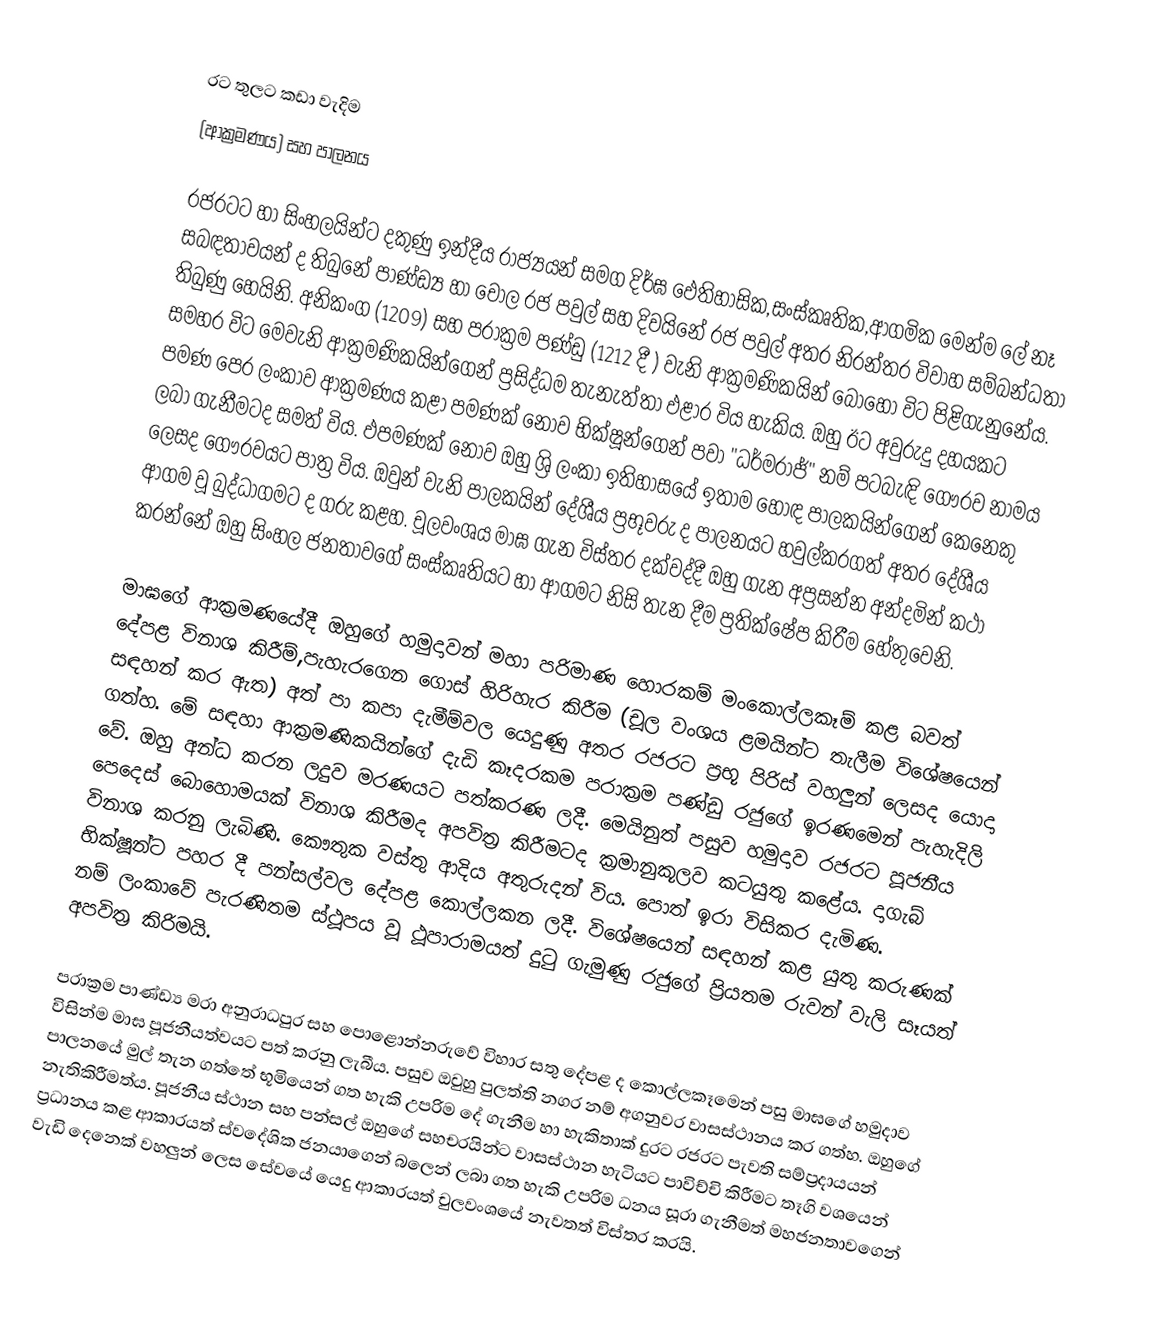
රට තුලට කඩා වැදිම
(ආක්‍රමණය) සහ පාලනය

රජරටට හා සිංහලයින්ට දකුණු ඉන්දීය රාජ්‍යයන් සමග දිර්ඝ ඵෙතිහාසික,සංස්කෘතික,ආගමික මෙන්ම ලේ නෑ සබඳතාවයන් ද තිබුනේ පාණ්ඩ්‍ය හා චෝල රජ පවුල් සහ දිවයිනේ රජ පවුල් අතර නිරන්තර විවාහ සම්බන්ධතා තිබුණු හෙයිනි. අනිකංග (1209) සහ පරාක්‍රම පණ්ඩු (1212 දී ) වැනි ආක්‍රමණිකයින් බොහෝ විට පිළිගැනුනේය. සමහර විට මෙවැනි ආක්‍රමණිකයින්ගෙන් ප්‍රසිද්ධම තැනැත්තා ඵළාර විය හැකිය. ඔහු ඊට අවුරුදු දහයකට පමණ පෙර ලංකාව ආක්‍රමණය කළා පමණක් නොව භික්ෂූන්ගෙන් පවා "ධර්මරාජ්" නම් පටබැඳි ගෞරව නාමය ලබා ගැනීමටද සමත් විය. ඵපමණක් නොව ඔහු ශ්‍රි ලංකා ඉතිහාසයේ ඉතාම හොඳ පාලකයින්ගෙන් කෙනෙකු ලෙසද ගෞරවයට පාත්‍ර විය. ඔවුන් වැනි පාලකයින් දේශීය ප්‍රභූවරු ද පාලනයට හවුල්කරගත් අතර දේශීය ආගම වූ බුද්ධාගමට ද ගරු කළහ. චූලවංශය මාඝ ගැන විස්තර දක්වද්දී ඔහු ගැන අප්‍රසන්න අන්දමින් කථා කරන්නේ ඔහු සිංහල ජනතාවගේ සංස්කෘතියට හා ආගමට නිසි තැන දීම ප්‍රතික්ෂේප කිරීම හේතුවෙනි.

මාඝගේ ආක්‍රමණයේදී ඔහුගේ හමුදාවන් මහා පරිමාණ හොරකම් මංකොල්ලකෑම් කළ බවත් දේපළ විනාශ කිරීම්,පැහැරගෙන ගොස් හිරිහැර කිරීම (චූල වංශය ළමයින්ට තැලීම විශේෂයෙන් සඳහන් කර ඇත) අත් පා කපා දැමීම්වල යෙදුණු අතර රජරට ප්‍රභූ පිරිස් වහලුන් ලෙසද යොදා ගත්හ. මේ සඳහා ආක්‍රමණිකයින්ගේ දැඩි කෑදරකම පරාක්‍රම පණ්ඩු රජුගේ ඉරණමෙන් පැහැදිලි වේ. ඔහු අන්ධ කරන ලදුව මරණයට පත්කරණ ලදී. මෙයිනුත් පසුව හමුදාව රජරට පූජනීය පෙදෙස් බොහොමයක් විනාශ කිරීමද අපවිත්‍ර කිරීමටද ක්‍රමානුකූලව කටයුතු කළේය. දාගැබ් විනාශ කරනු ලැබිණි. කෞතුක වස්තු ආදිය අතුරුදන් විය. පොත් ඉරා විසිකර දැමිණ. භික්ෂූන්ට පහර දී පන්සල්වල දේපළ කොල්ලකන ලදී. විශේෂයෙන් සඳහන් කළ යුතු කරුණක් නම් ලංකාවේ පැරණිතම ස්ථූපය වූ ථූපාරාමයත් දුටු ගැමුණු රජුගේ ප්‍රියතම රුවන් වැලි සෑයත් අපවිත්‍ර කිරිමයි.

පරාක්‍රම පාණ්ඩ්‍ය මරා අනුරාධපුර සහ පොළොන්නරුවේ විහාර සතු දේපළ ද කොල්ලකෑමෙන් පසු මාඝගේ හමුදාව විසින්ම මාඝ පූජනීයත්වයට පත් කරනු ලැබීය. පසුව ඔවුහු පුලත්ති නගර නම් අගනුවර වාසස්ථානය කර ගත්හ. ඔහුගේ පාලනයේ මුල් තැන ගත්තේ භූමියෙන් ගත හැකි උපරිම දේ ගැනීම හා හැකිතාක් දුරට රජරට පැවති සම්ප්‍රදායයන් නැතිකිරීමත්ය. පූජනීය ස්ථාන සහ පන්සල් ඔහුගේ සහචරයින්ට වාසස්ථාන හැටියට පාවිච්චි කිරීමට තෑගි වශයෙන් ප්‍රධානය කළ ආකාරයත් ස්වදේශික ජනයාගෙන් බලෙන් ලබා ගත හැකි උපරිම ධනය සූරා ගැනීමත් මහජනතාවගෙන් වැඩි දෙනෙක් වහලුන් ලෙස සේවයේ යෙදු ආකාරයත් චුලවංශයේ නැවතත් විස්තර කරයි.